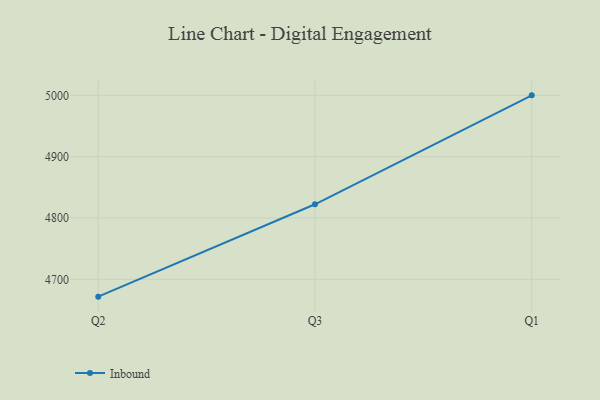
{"axis": {"x": "Quarter", "y": "Operating Costs (USD K)"}, "legend": ["Inbound"], "data": [{"x": "Q2", "y": 4671.8, "type": "Inbound"}, {"x": "Q3", "y": 4822.4, "type": "Inbound"}, {"x": "Q1", "y": 5000, "type": "Inbound"}]}